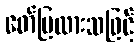
ဖော်ပြထားသဖြင့်